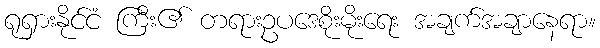
ရုရှားနိုင်ငံ ကြီး၏ တရားဥပဒေစိုးမိုးရေး အချက်အချာနေရာ။